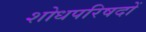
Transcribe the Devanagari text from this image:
शोधपरिषदों